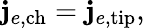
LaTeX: \mathbf{j}_{e,\mathrm{{ch}}}=\mathbf{j}_{e,\mathrm{{tip}}},